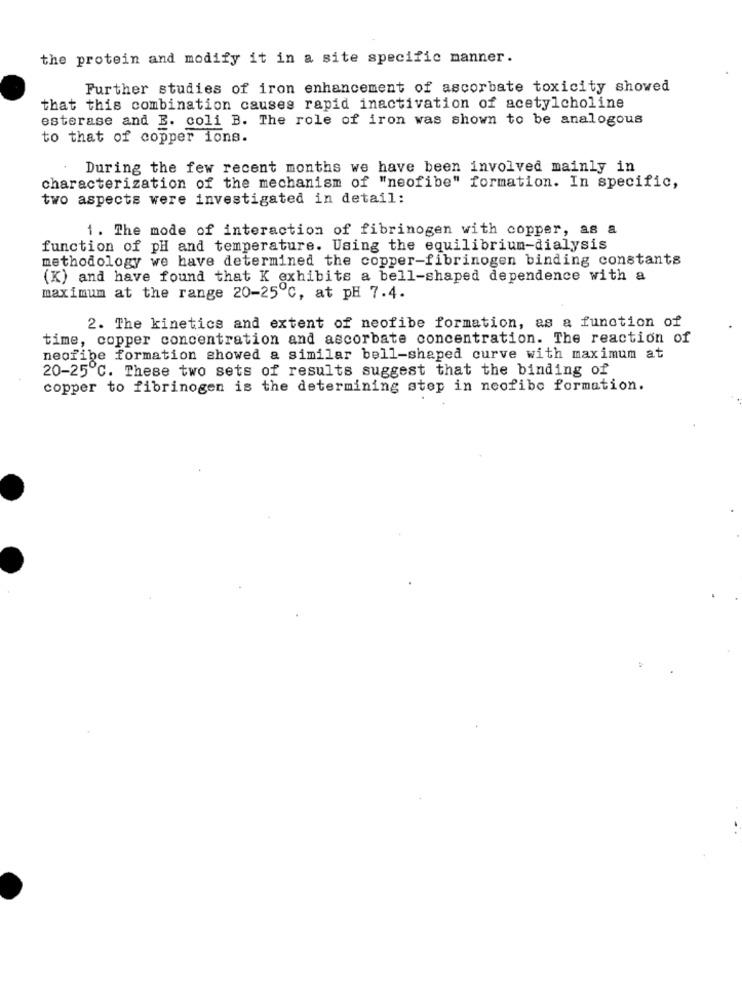
the protein and modify it in a site specific manner.
Further studies of iron enhancement of ascorbate toxicity showed
that this combination causes rapid inactivation of acetylcholine
esterase and E. coli B. The role of iron was shown to be analogous
to that of copper ions.
During the few recent months we have been involved mainly in
characterization of the mechanism of "neofibe" formation. In specific,
two aspects were investigated in detail:
1. The mode of interaction of fibrinogen with copper, as a
function of pH and temperature. Using the equilibrium-dialysis
methodology we have determined the copper-fibrinogen binding constants
(K) and have found that K exhibits a bell-shaped dependence with a
maximum at the range 20-25℃, at pH 7.4.
2. The kinetics and extent of neofibe formation, as a function of
time, copper concentration and ascorbate concentration. The reaction of
neofibe formation showed a similar bell-shaped curve with maximum at
20-25℃. These two sets of results suggest that the binding of
copper to fibrinogen is the determining step in neofibe formation.